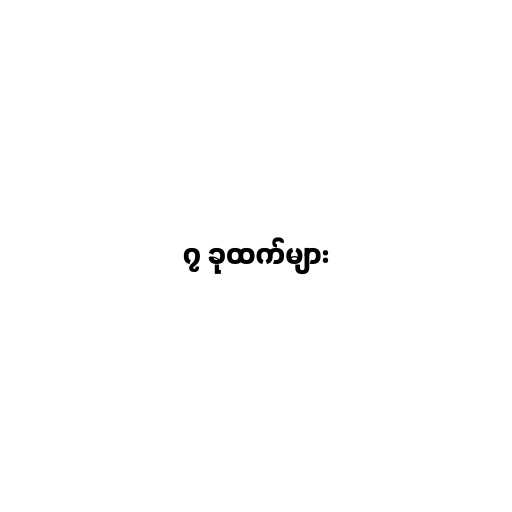
၇ ခုထက်များ